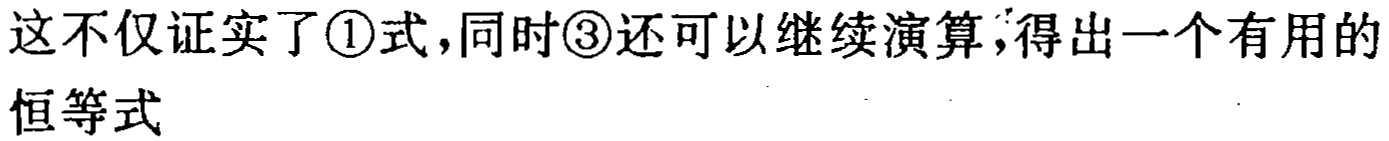
这不仅证实了\textcircled{1}式，同时\textcircled{3}还可以继续演算，得出一个有用的恒等式